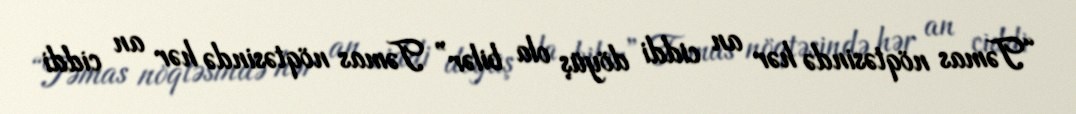
“Təmas nöqtəsində hər an ciddi döyüş ola bilər” Təmas nöqtəsində hər an ciddi